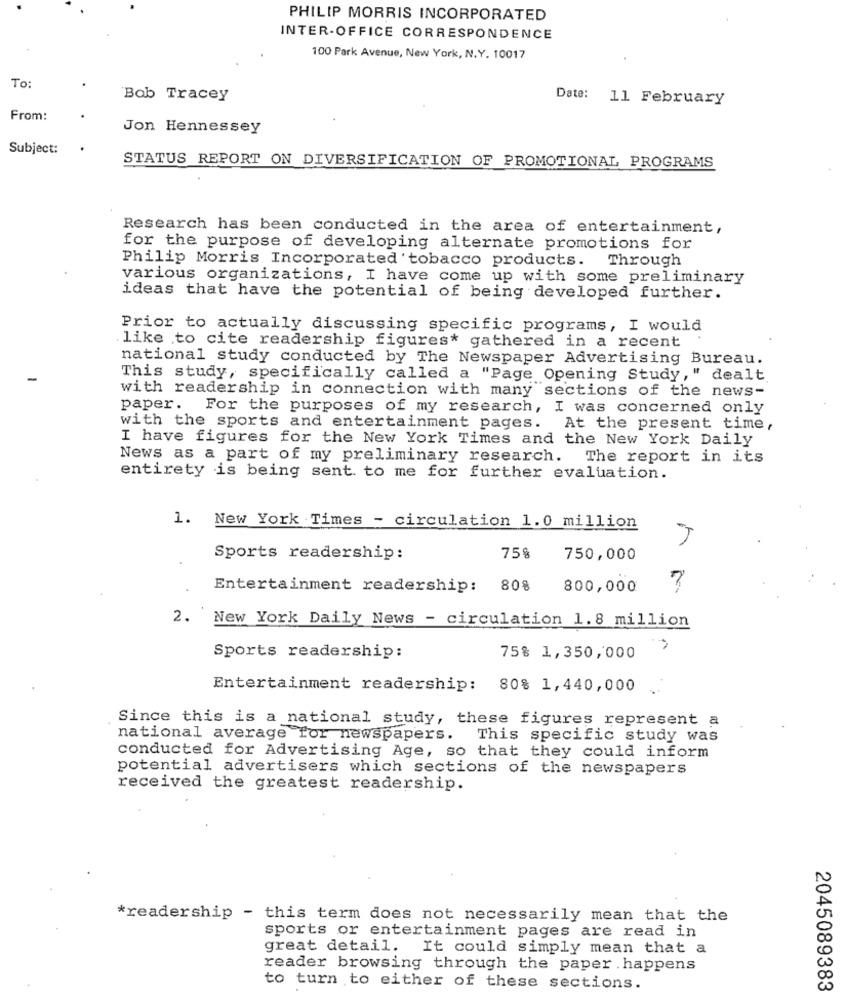
PHILIP MORRIS INCORPORATED
INTER-OFFICE CORRESPONDENCE
100 Park Avenue, New York, N.Y. 10017
To:
Bob Tracey
Date: 11 February
From:
Jon Hennessey
Subject:
STATUS REPORT ON DIVERSIFICATION OF PROMOTIONAL PROGRAMS
Research has been conducted in the area of entertainment,
for the purpose of developing alternate promotions for
Philip Morris Incorporated tobacco products. Through
various organizations, I have come up with some preliminary
ideas that have the potential of being developed further.
Prior to actually discussing specific programs, I would
like to cite readership figures* gathered in a recent
national study conducted by The Newspaper Advertising Bureau.
This study, specifically called a "Page Opening Study," dealt
with readership in connection with many sections of the news-
paper.
For the purposes of my research, I was concerned only
with the sports and entertainment pages. At the present time,
I have figures for the New York Times and the New York Daily
News as a part of my preliminary research. The report in its
entirety is being sent to me for further evaluation.
1. New York Times - circulation 1.0 million
75%
Sports readership:
750,000
Entertainment readership: 80%
800,000
7
2.
New York Daily News - circulation 1.8 million
75% 1,350,000
Sports readership:
Entertainment readership: 80% 1,440,000
Since this is a national study, these figures represent a
national average for newspapers. This specific study was
conducted for Advertising Age, so that they could inform
potential advertisers which sections of the newspapers
received the greatest readership.
*readership - this term does not necessarily mean that the
sports or entertainment pages are read in
great detail. It could simply mean that a
reader browsing through the paper . happens
to turn to either of these sections.
2045089383